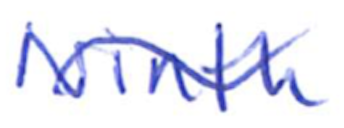
Text: Ninth
Cross-out: mix
Writing tool: ballpoint